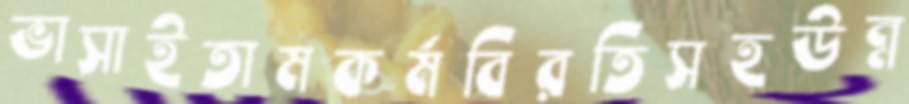
ভাসাইতামকর্মবিরতিসহউন্ন